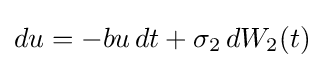
du=-bu\,dt+\sigma _{2}\,dW_{2}(t)